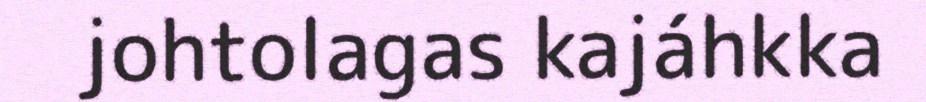
johtolagas kajáhkka